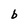
Character: b